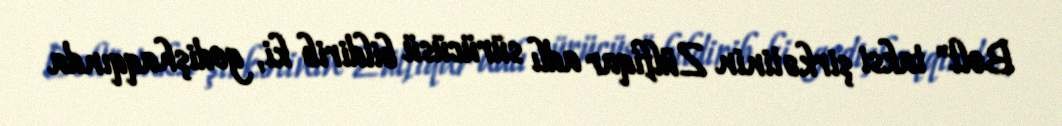
Bolt" taksi şirkətinin Zülfiqar adlı sürücüsü bildirib ki, gedişhaqqında